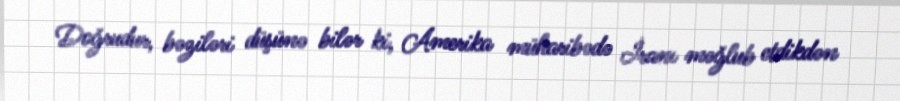
Doğrudur, bəziləri düşünə bilər ki, Amerika müharibədə İranı məğlub etdikdən